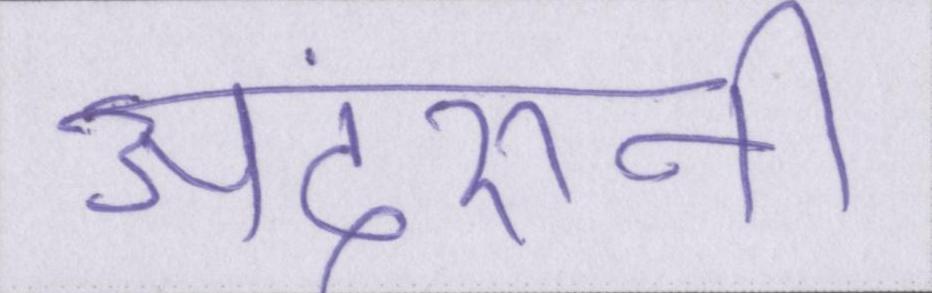
अंदरूनी